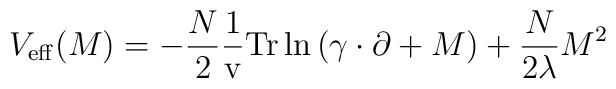
V_{\rm eff}(M)=  -\frac{N}{2}\frac{1}{\rm v}{\rm Tr}\ln \left( \gamma\cdot\partial +M\right) +\frac{N}{2\lambda}M^2